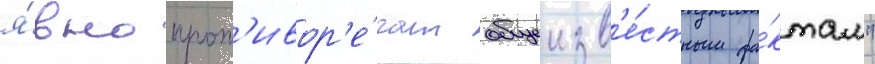
я́вно прот'ивор'е́чат общеизв'е́стным фа́ктам"